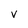
Character: v